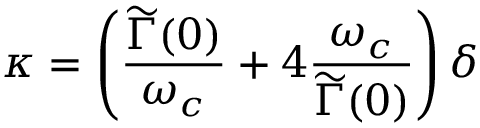
\kappa = \left( \frac { \widetilde \Gamma ( 0 ) } { \omega _ { c } } + 4 \frac { \omega _ { c } } { \widetilde \Gamma ( 0 ) } \right) \delta